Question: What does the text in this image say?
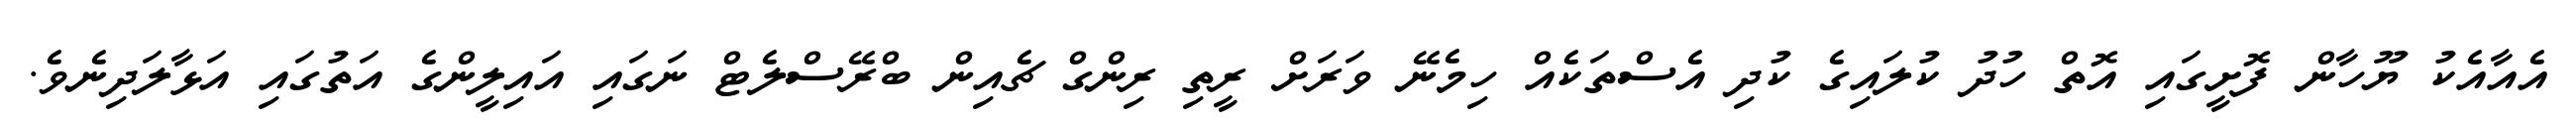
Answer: އެއާއެކު ޔޫހާން ފޮށީގައި އޮތް ހުދު ކުލައިގެ ކުދި އެސްތަކެއް ހިމެނޭ ވަރަށް ރީތި ރިންގް ޗެއިން ބްރޭސްލެޓް ނަގައި އައިލީންގެ އަތުގައި އަޅާލަދިނެވެ.